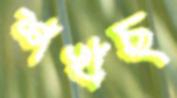
শখছ